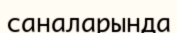
саналарында